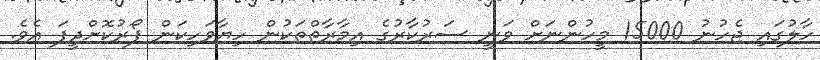
ހާލުގައި ޖެހުނު 15000 މީހުންނަށް ވަނީ ސަރުކާރުގެ އިމާރާތްތަކުން ހިޔާވަހިކަން ފޯރުކޮށްދީފަ އެވެ.